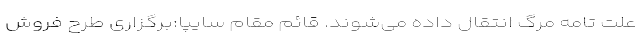
علت تامه مرگ انتقال داده می‌شوند. قائم مقام سایپا:برگزاری طرح فروش